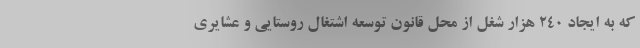
که به ایجاد ۲۴۰ هزار شغل از محل قانون توسعه اشتغال روستایی و عشایری